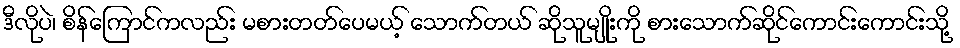
ဒီလိုပဲ၊ စိန်ကြောင်ကလည်း မစားတတ်ပေမယ့် သောက်တယ် ဆိုသူမျိုးကို စားသောက်ဆိုင်ကောင်းကောင်းသို့